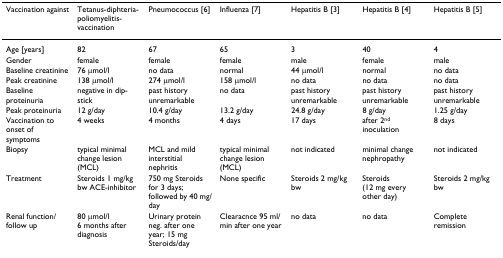
<table><thead><tr><td><b>Vaccination against</b></td><td><b>Tetanus-diphteria-poliomyelitis-vaccination</b></td><td><b>Pneumococcus [6]</b></td><td><b>Influenza [7]</b></td><td><b>Hepatitis B[3]</b></td><td><b>Hepatitis B[4]</b></td><td><b>Hepatitis B [5]</b></td></tr></thead><tbody><tr><td>Age [years]</td><td>82</td><td>67</td><td>65</td><td>3</td><td>40</td><td>4</td></tr><tr><td>Gender</td><td>female</td><td>female</td><td>female</td><td>male</td><td>female</td><td>male</td></tr><tr><td>Baseline creatinine</td><td>76 μmol/l</td><td>no data</td><td>normal</td><td>44 μmol/l</td><td>normal</td><td>no data</td></tr><tr><td>Peak creatinine</td><td>138 μmol/l</td><td>274 μmol/l</td><td>158 μmol/l</td><td>no data</td><td>no data</td><td>no data</td></tr><tr><td>Baseline proteinuria</td><td>negative in dip-stick</td><td>past history unremarkable</td><td>no data</td><td>past history unremarkable</td><td>past history unremarkable</td><td>past history unremarkable</td></tr><tr><td>Peak proteinuria</td><td>12 g/day</td><td>10.4 g/day</td><td>13.2 g/day</td><td>24.8 g/day</td><td>8 g/day</td><td>1.25 g/day</td></tr><tr><td>Vaccination to onset of symptoms</td><td>4 weeks</td><td>4 months</td><td>4 days</td><td>17 days</td><td>after 2<sup>nd </sup>inoculation</td><td>8 days</td></tr><tr><td>Biopsy</td><td>typical minimal change lesion (MCL)</td><td>MCL and mild interstitial nephritis</td><td>typical minimal change lesion (MCL)</td><td>not indicated</td><td>minimal change nephropathy</td><td>not indicated</td></tr><tr><td>Treatment</td><td>Steroids 1 mg/kg bw ACE-inhibitor</td><td>750 mg Steroids for 3 days; followed by 40 mg/day</td><td>None specific</td><td>Steroids 2 mg/kg bw</td><td>Steroids (12 mg every other day)</td><td>Steroids 2 mg/kg bw</td></tr><tr><td>Renal function/follow up</td><td>80 μmol/l6 months after diagnosis</td><td>Urinary protein neg. after one year; 15 mg Steroids/day</td><td>Clearacnce 95 ml/min after one year</td><td>no data</td><td>no data</td><td>Complete remission</td></tr></tbody></table>